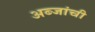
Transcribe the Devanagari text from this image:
अब्जांची